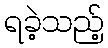
ရခဲ့သည့်